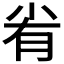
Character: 𡭮